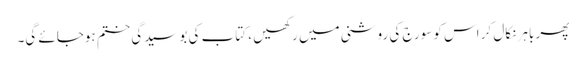
پھر باہر نکال کر اس کو سورج کی روشنی میں رکھیں ، کتاب کی بوسیدگی ختم ہوجائے گی۔